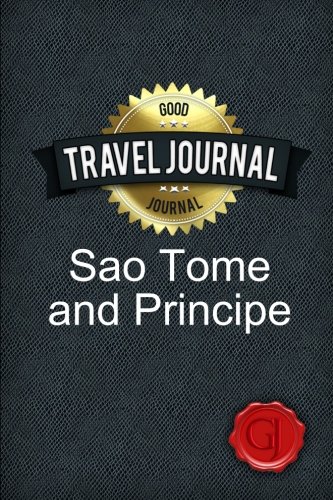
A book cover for Travel Journal Sao Tome and Principe; Good Journal; Travel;